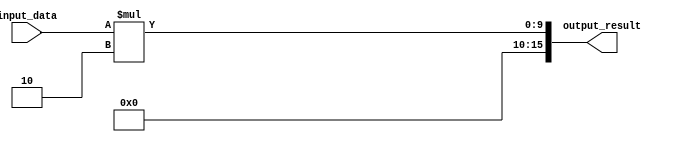
module Generate_Function (
    input [7:0] input_data,
    output reg [15:0] output_result
);

always @(*) begin
    // Specify the algorithm to process input_data
    output_result = input_data * 2;
end

endmodule